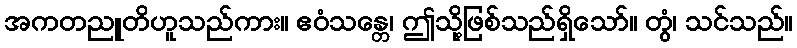
အကတညူတိဟူသည်ကား။ ဧဝံသန္တေ၊ ဤသို့ဖြစ်သည်ရှိသော်။ တွံ၊ သင်သည်။